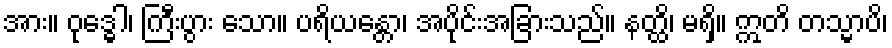
အား။ ဝုဒ္ဓေါ၊ ကြီးပွား သော။ ပရိယန္တော၊ အပိုင်းအခြားသည်။ နတ္ထိ၊ မရှိ။ ဣတိ တသ္မာပိ၊